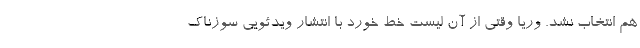
هم انتخاب نشد. وریا وقتی از آن لیست خط خورد با انتشار ویدئویی سوزناک